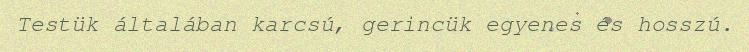
Testük általában karcsú, gerincük egyenes és hosszú.